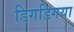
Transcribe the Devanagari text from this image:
डिगडिगया